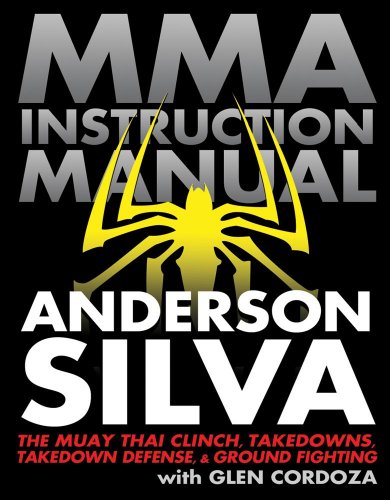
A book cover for MMA Instruction Manual: The Muay Thai Clinch, Takedowns, Takedown Defense, and Ground Fighting; Anderson Silva; Sports & Outdoors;